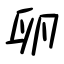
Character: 卵